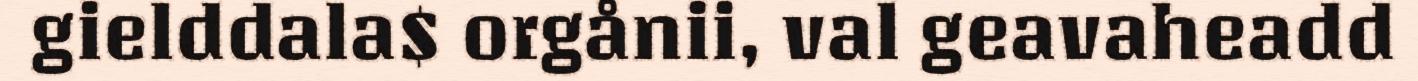
gielddala$ orgånii, val geavaheadd